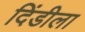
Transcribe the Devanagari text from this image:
दिंडीला